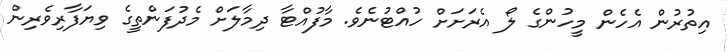
އިތުރުން އެހެން މީހުންގެ ލޯ އެރަށަށް ހުއްޓުނެވެ. މާފުއްޓާ ދިމާލަށް މެދުފަންތީގެ ވިޔަފާރިވެރިން